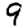
Digit: 9